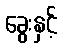
ခွေးနှင့်